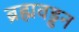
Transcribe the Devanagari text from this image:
ब्रह्मवड्ढन